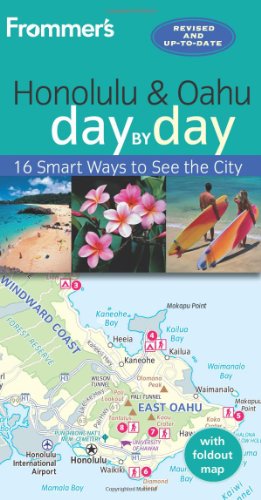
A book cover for Frommer's Honolulu and Oahu day by day; Jeanette Foster; Travel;